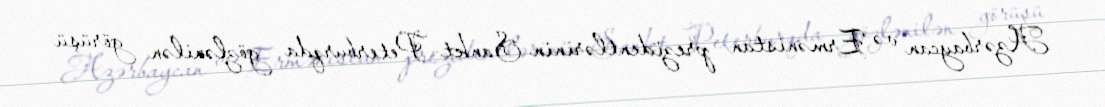
Azərbaycan və Ermənistan prezidentlərinin Sankt-Peterburqda gözlənilən görüşü